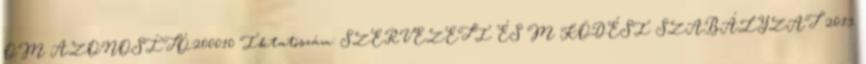
OM AZONOSÍTÓ:200010 Iktatószám: SZERVEZETI ÉS M KÖDÉSI SZABÁLYZAT 2013.